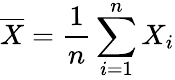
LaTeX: {\overline{{X}}}={\frac{1}{n}}\sum_{i=1}^{n}X_{i}